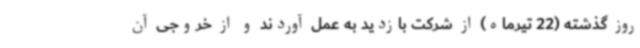
روز گذشته (22 تیرماه) از شرکت بازدید به عمل آوردند و از خروجی آن